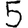
Digit: 5